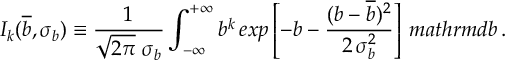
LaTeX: I _ { k } ( \overline { { { b } } } , \sigma _ { b } ) \equiv \frac { 1 } { \sqrt { 2 \pi } \ \sigma _ { b } } \int _ { - \infty } ^ { + \infty } b ^ { k } \, e x p \left[ - b - \frac { ( b - \overline { { { b } } } ) ^ { 2 } } { 2 \, \sigma _ { b } ^ { 2 } } \right] \, m a t h r m { d } b \, .